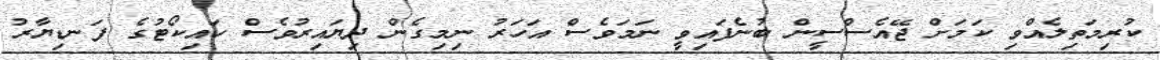
ކުރިމަތިލެއްވި ކަމަށް ޖޭއެސްސީން ބުނެފައިވީ ނަމަވެސް އަހަރު ނިމިގެން ދިޔައިރުވެސް ހައިކޯޓުގެ ފަނޑިޔާރު